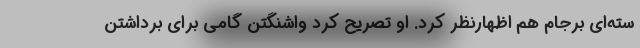
سته‌ای برجام هم اظهارنظر کرد. او تصریح کرد واشنگتن گامی برای برداشتن